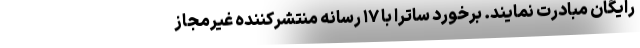
رایگان مبادرت نمایند. برخورد ساترا با ۱۷ رسانه منتشرکننده غیرمجاز